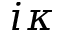
i \kappa